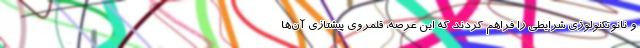
و نانوتکنولوژی شرایطی را فراهم کردند که این عرصه، قلمروی پیشتازی آن‌ها